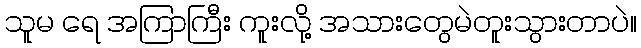
သူမ ရေ အကြာကြီး ကူးလို့ အသားတွေမဲတူးသွားတာပဲ။